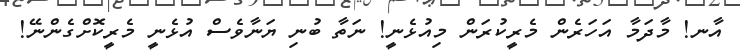
އާނ! މާދަމާ އަހަރެން މެރީކުރަން މިއުޅެނީ! ނަތާ ބުނި ޔަނާވެސް އުޅެނީ މެރީކޮށްގެންނޭ!